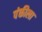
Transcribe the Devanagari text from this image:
पंक्तीला